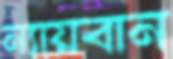
ন্যায়বান